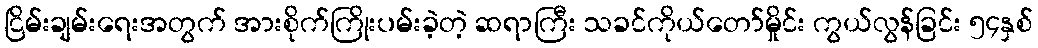
ငြိမ်းချမ်းရေးအတွက် အားစိုက်ကြိုးပမ်းခဲ့တဲ့ ဆရာကြီး သခင်ကိုယ်တော်မှိုင်း ကွယ်လွန်ခြင်း ၅၄နှစ်